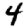
Digit: 4